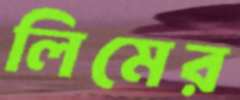
লিমের